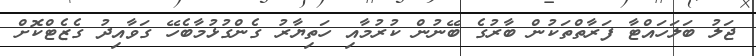
ޖަލު ބަލަހައްޓާ ފަރާތްތަކުން ބާރުގެ ބޭނުން ކުރުމާއި ހަތިޔާރު ގެންގުޅުމާބެހޭ ގަވާއިދު ގެޒެޓްކޮށް